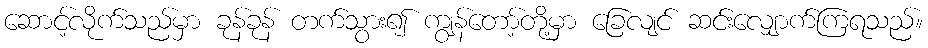
ဆောင့်လိုက်သည်မှာ ခုန်ခုန် တက်သွား၍ ကျွန်တော့်တို့မှာ ခြေလျင် ဆင်းလျှောက်ကြရသည်။